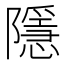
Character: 隱